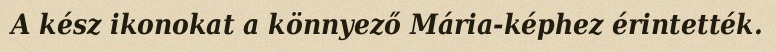
A kész ikonokat a könnyező Mária-képhez érintették.